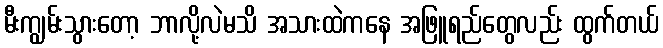
မီးကျွမ်းသွားတော့ ဘာလို့လဲမသိ အသားထဲကနေ အဖြူရည်တွေလည်း ထွက်တယ်